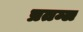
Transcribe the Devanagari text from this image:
प्रतम्ल